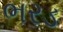
ભરડ